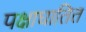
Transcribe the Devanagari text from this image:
पक्षाघातित